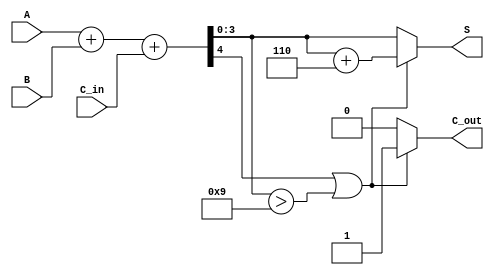
module BCD_Parallel_Adder (
    input  wire [3:0] A,      // First BCD digit
    input  wire [3:0] B,      // Second BCD digit
    input  wire C_in,         // Carry-in
    output reg  [3:0] S,      // BCD sum
    output reg  C_out         // Carry-out
);

    wire [4:0] Sum;           // 5-bit sum to accommodate carry
    wire correction_needed;    // Flag for correction

    // Step 1: Perform binary addition
    assign Sum = A + B + C_in;

    // Step 2: Determine if correction is needed
    assign correction_needed = (Sum[4] || (Sum[3:0] > 4'b1001));

    // Step 3: Calculate the BCD result
    always @(*) begin
        if (correction_needed) begin
            S = Sum[3:0] + 4'b0110; // Apply correction
            C_out = 1'b1;           // Set carry-out
        end else begin
            S = Sum[3:0];           // No correction needed
            C_out = 1'b0;           // No carry-out
        end
    end

endmodule